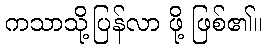
ကသာသို့ပြန်လာ ဖို့ ဖြစ်၏။